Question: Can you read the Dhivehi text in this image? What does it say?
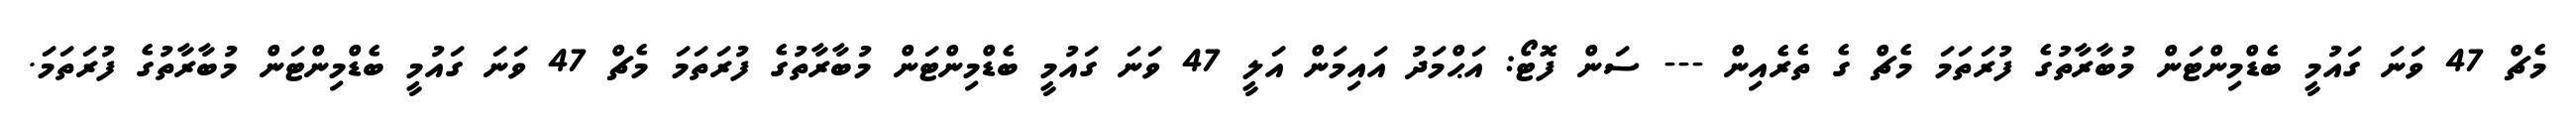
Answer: މެޗް 47 ވަނަ ގައުމީ ބެޑްމިންޓަން މުބާރާތުގެ ފުރަތަމަ މެޗް ގެ ތެރެއިން --- ސަން ފޮޓޯ: އަޙްމަދު އައިމަން އަލީ 47 ވަނަ ގައުމީ ބެޑްމިންޓަން މުބާރާތުގެ ފުރަތަމަ މެޗް 47 ވަނަ ގައުމީ ބެޑްމިންޓަން މުބާރާތުގެ ފުރަތަމަ.